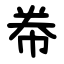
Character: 帣